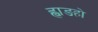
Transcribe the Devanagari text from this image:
ह्वाङहो